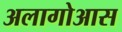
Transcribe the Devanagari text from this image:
अलागोआस